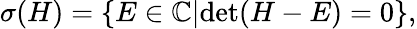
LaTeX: \begin{array}{r}{\sigma(H)=\{ E\in\mathbb{C}|\mathrm{det}(H-E)=0\} ,}\end{array}